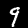
Label: 9